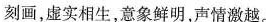
刻画，虚实相生，意象鲜明，声情激越。